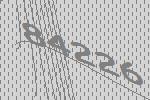
84226